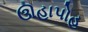
ઊહાપોહ